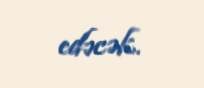
edəcək.